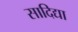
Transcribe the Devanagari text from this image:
सादिद्या